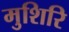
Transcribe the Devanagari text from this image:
मुशिरि